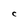
Character: C